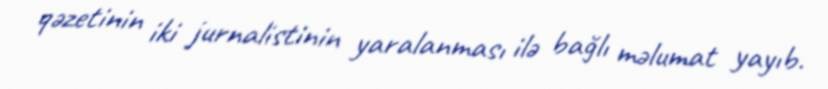
qəzetinin iki jurnalistinin yaralanması ilə bağlı məlumat yayıb.